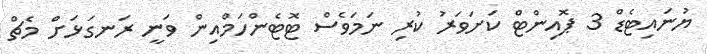
ޔުނައިޓެޑް 3 ޕޮއިންޓް ކަށަވަރު ކުރި ނަމަވެސް ޓޮޓެންހަމްއިން ވަނީ ރަނގަޅަށް މެޗް